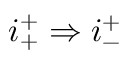
i _ { + } ^ { + } \Rightarrow i _ { - } ^ { + }